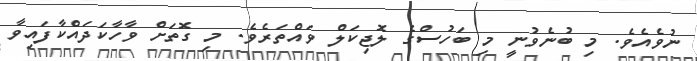
ނުވެއެވެ. މި ބުނެވުނީ މި ބަހުސްގެ ލޮޖިކަލް ވައްތަރެވެ. މި ގޮތަށް ވާހާކަދައްކާފައިވާ